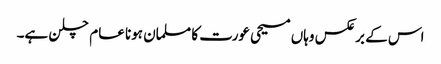
اس کے برعکس وہاں مسیحی عورت کا مسلمان ہونا عام چلن ہے۔